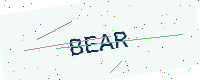
Text: BEAR